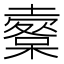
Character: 𡒩